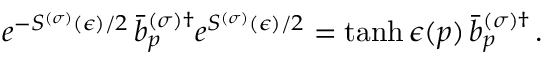
e ^ { - S ^ { ( \sigma ) } ( \epsilon ) / 2 } \, \bar { b } _ { p } ^ { ( \sigma ) \dagger } e ^ { S ^ { ( \sigma ) } ( \epsilon ) / 2 } = \operatorname { t a n h } \epsilon ( p ) \, \bar { b } _ { p } ^ { ( \sigma ) \dagger } \, .